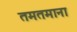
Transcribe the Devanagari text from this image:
तमतमाना